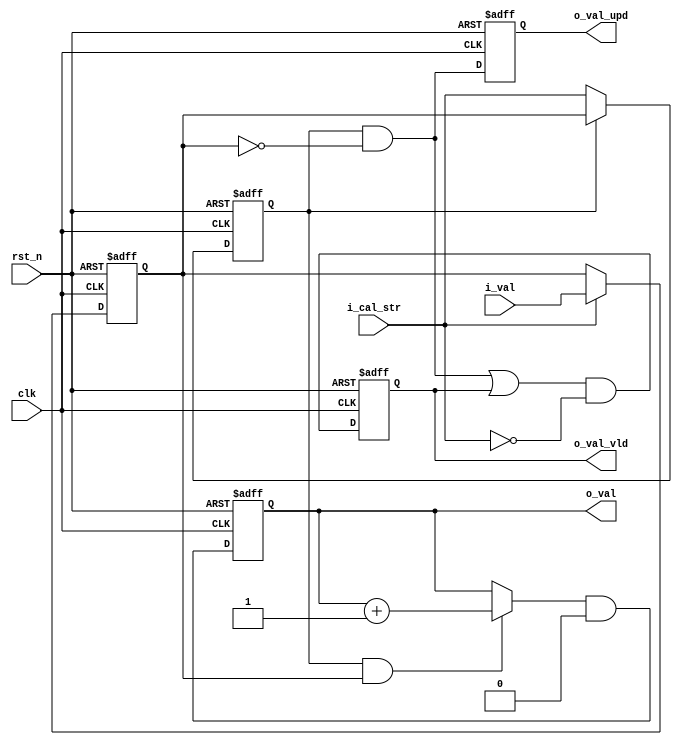
module ip_log2int

#(
//------------------------------------------------------//
// Parameter Declaration                                //
//------------------------------------------------------//
parameter               IDWID       = 1,
parameter               ODWID       = log2(IDWID))

(
//------------------------------------------------------//
// Input Declaration                                    //
//------------------------------------------------------//
input                   i_cal_str,                      // calculation start, 1T
input [IDWID-1:0]       i_val,                          //

input                   clk,
input                   rst_n,

//------------------------------------------------------//
// Output Declaration                                   //
//------------------------------------------------------//
output[ODWID-1:0]       o_val,                          // log2 output
output reg              o_val_vld,                      // log2 output valid
output reg              o_val_upd                       // 1T data valid update
);

//------------------------------------------------------//
// Reg/Wire Declaration                                 //
//------------------------------------------------------//

reg   [ODWID-1:0]       div2_cnt;
wire  [ODWID-1:0]       div2_cnt_nxt;
wire                    div2_cnt_inc;

reg   [IDWID-1:0]       val_div2;
wire  [IDWID-1:0]       val_div2_nxt;
wire                    val_div2_eq0;

reg                     cal_act;                        // calculation active
wire                    cal_act_nxt;
wire                    o_val_vld_nxt;
wire                    o_val_upd_nxt;

//------------------------------------------------------//
// Code Descriptions                                    //
//------------------------------------------------------//

// doing div2 repeatly until value == 0

assign  cal_act_nxt   = ~cal_act ? i_cal_str : ~val_div2_eq0;
assign  o_val_upd_nxt = cal_act & val_div2_eq0;
assign  o_val_vld_nxt = (o_val_upd_nxt | o_val_vld) & ~i_cal_str;

assign  o_val         = div2_cnt;
assign  div2_cnt_inc  = cal_act & ~val_div2_eq0;
assign  div2_cnt_clr  = i_cal_str;
assign  div2_cnt_nxt  = (div2_cnt_inc ? div2_cnt + 1'b1 : div2_cnt) & {ODWID{~div2_cnt_clr}};

assign  val_div2_nxt  = i_cal_str    ? {1'b0,    i_val[IDWID-1:1]} :
                        div2_cnt_inc ? {1'b0, val_div2[IDWID-1:1]} : val_div2;
                        
assign  val_div2_eq0  = val_div2 == 0;


// ---------- Sequential Logic -------------------------//

always @(posedge clk or negedge rst_n) begin
  if (~rst_n) begin
     o_val_vld      <= 0;
     o_val_upd      <= 0;
     cal_act        <= 0;
     div2_cnt       <= 0;
     val_div2       <= 0;
  end
  else begin
     o_val_vld      <= o_val_vld_nxt;
     o_val_upd      <= o_val_upd_nxt;
     cal_act        <= cal_act_nxt;
     div2_cnt       <= div2_cnt_nxt;
     val_div2       <= val_div2_nxt;
  end
end

// -------------- Function -----------------------------//

function integer log2;
   input integer value;
   begin
      log2 = 0;
      while (2**log2 < value)
         log2 = log2 + 1;
   end
endfunction


endmodule